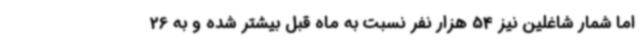
اما شمار شاغلین نیز 54 هزار نفر نسبت به ماه قبل بیشتر شده و به 26